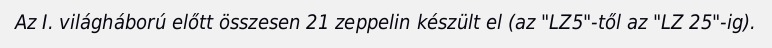
Az I. világháború előtt összesen 21 zeppelin készült el (az "LZ5"-től az "LZ 25"-ig).